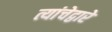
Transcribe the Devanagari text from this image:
त्यांचेद्वारे